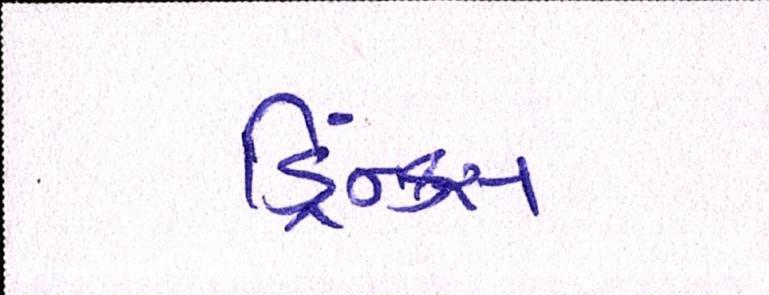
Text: ડ્રિંક્સ